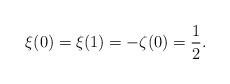
LaTeX: \begin{align*}\xi(0) = \xi(1) =-\zeta(0) = \frac{1}{2}.\end{align*}